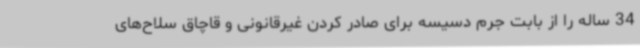
34 ساله را از بابت جرم دسیسه برای صادر کردن غیرقانونی و قاچاق سلاح‌های